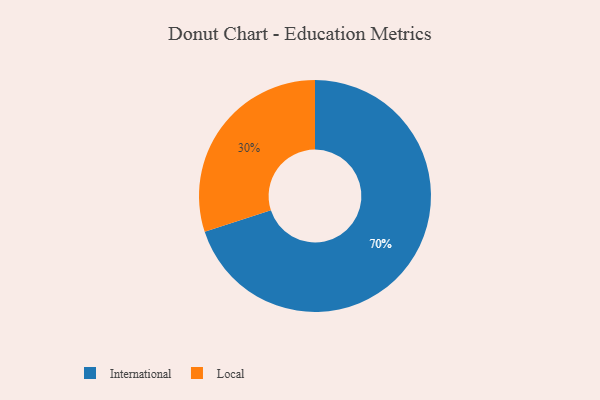
{"axis": {"x": "Category", "y": "Percentage"}, "legend": ["International", "Local"], "data": [{"x": "Local", "y": 30, "type": "Local"}, {"x": "International", "y": 70, "type": "International"}]}